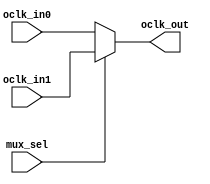
// SPDX-License-Identifier: Apache-2.0
// Copyright (C) 2019 Intel Corporation. 
// Library - aibnd_lib, Cell - aibnd_red_clkmux2, View - schematic
// LAST TIME SAVED: Apr 27 12:38:24 2015
// NETLIST TIME: May 11 08:44:04 2015
//`timescale 1ns / 1ns 

module aibnd_clkmux2 ( mux_sel, oclk_in1, oclk_in0, oclk_out );

output  oclk_out;

input  oclk_in1, oclk_in0, mux_sel;

// List of primary aliased buses

/*
specify 
    specparam CDS_LIBNAME  = "aibnd_lib";
    specparam CDS_CELLNAME = "aibnd_red_clkmux2";
    specparam CDS_VIEWNAME = "schematic";
endspecify
*/

assign oclk_out = mux_sel ?  oclk_in1 : oclk_in0 ;


endmodule


// End HDL models